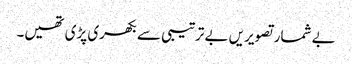
بے شمار تصویریں بے ترتیبی سے بکھری پڑی تھیں۔